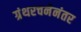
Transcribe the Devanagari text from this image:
ग्रंथरचनेनंतर